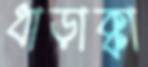
ধাড়াক্কা